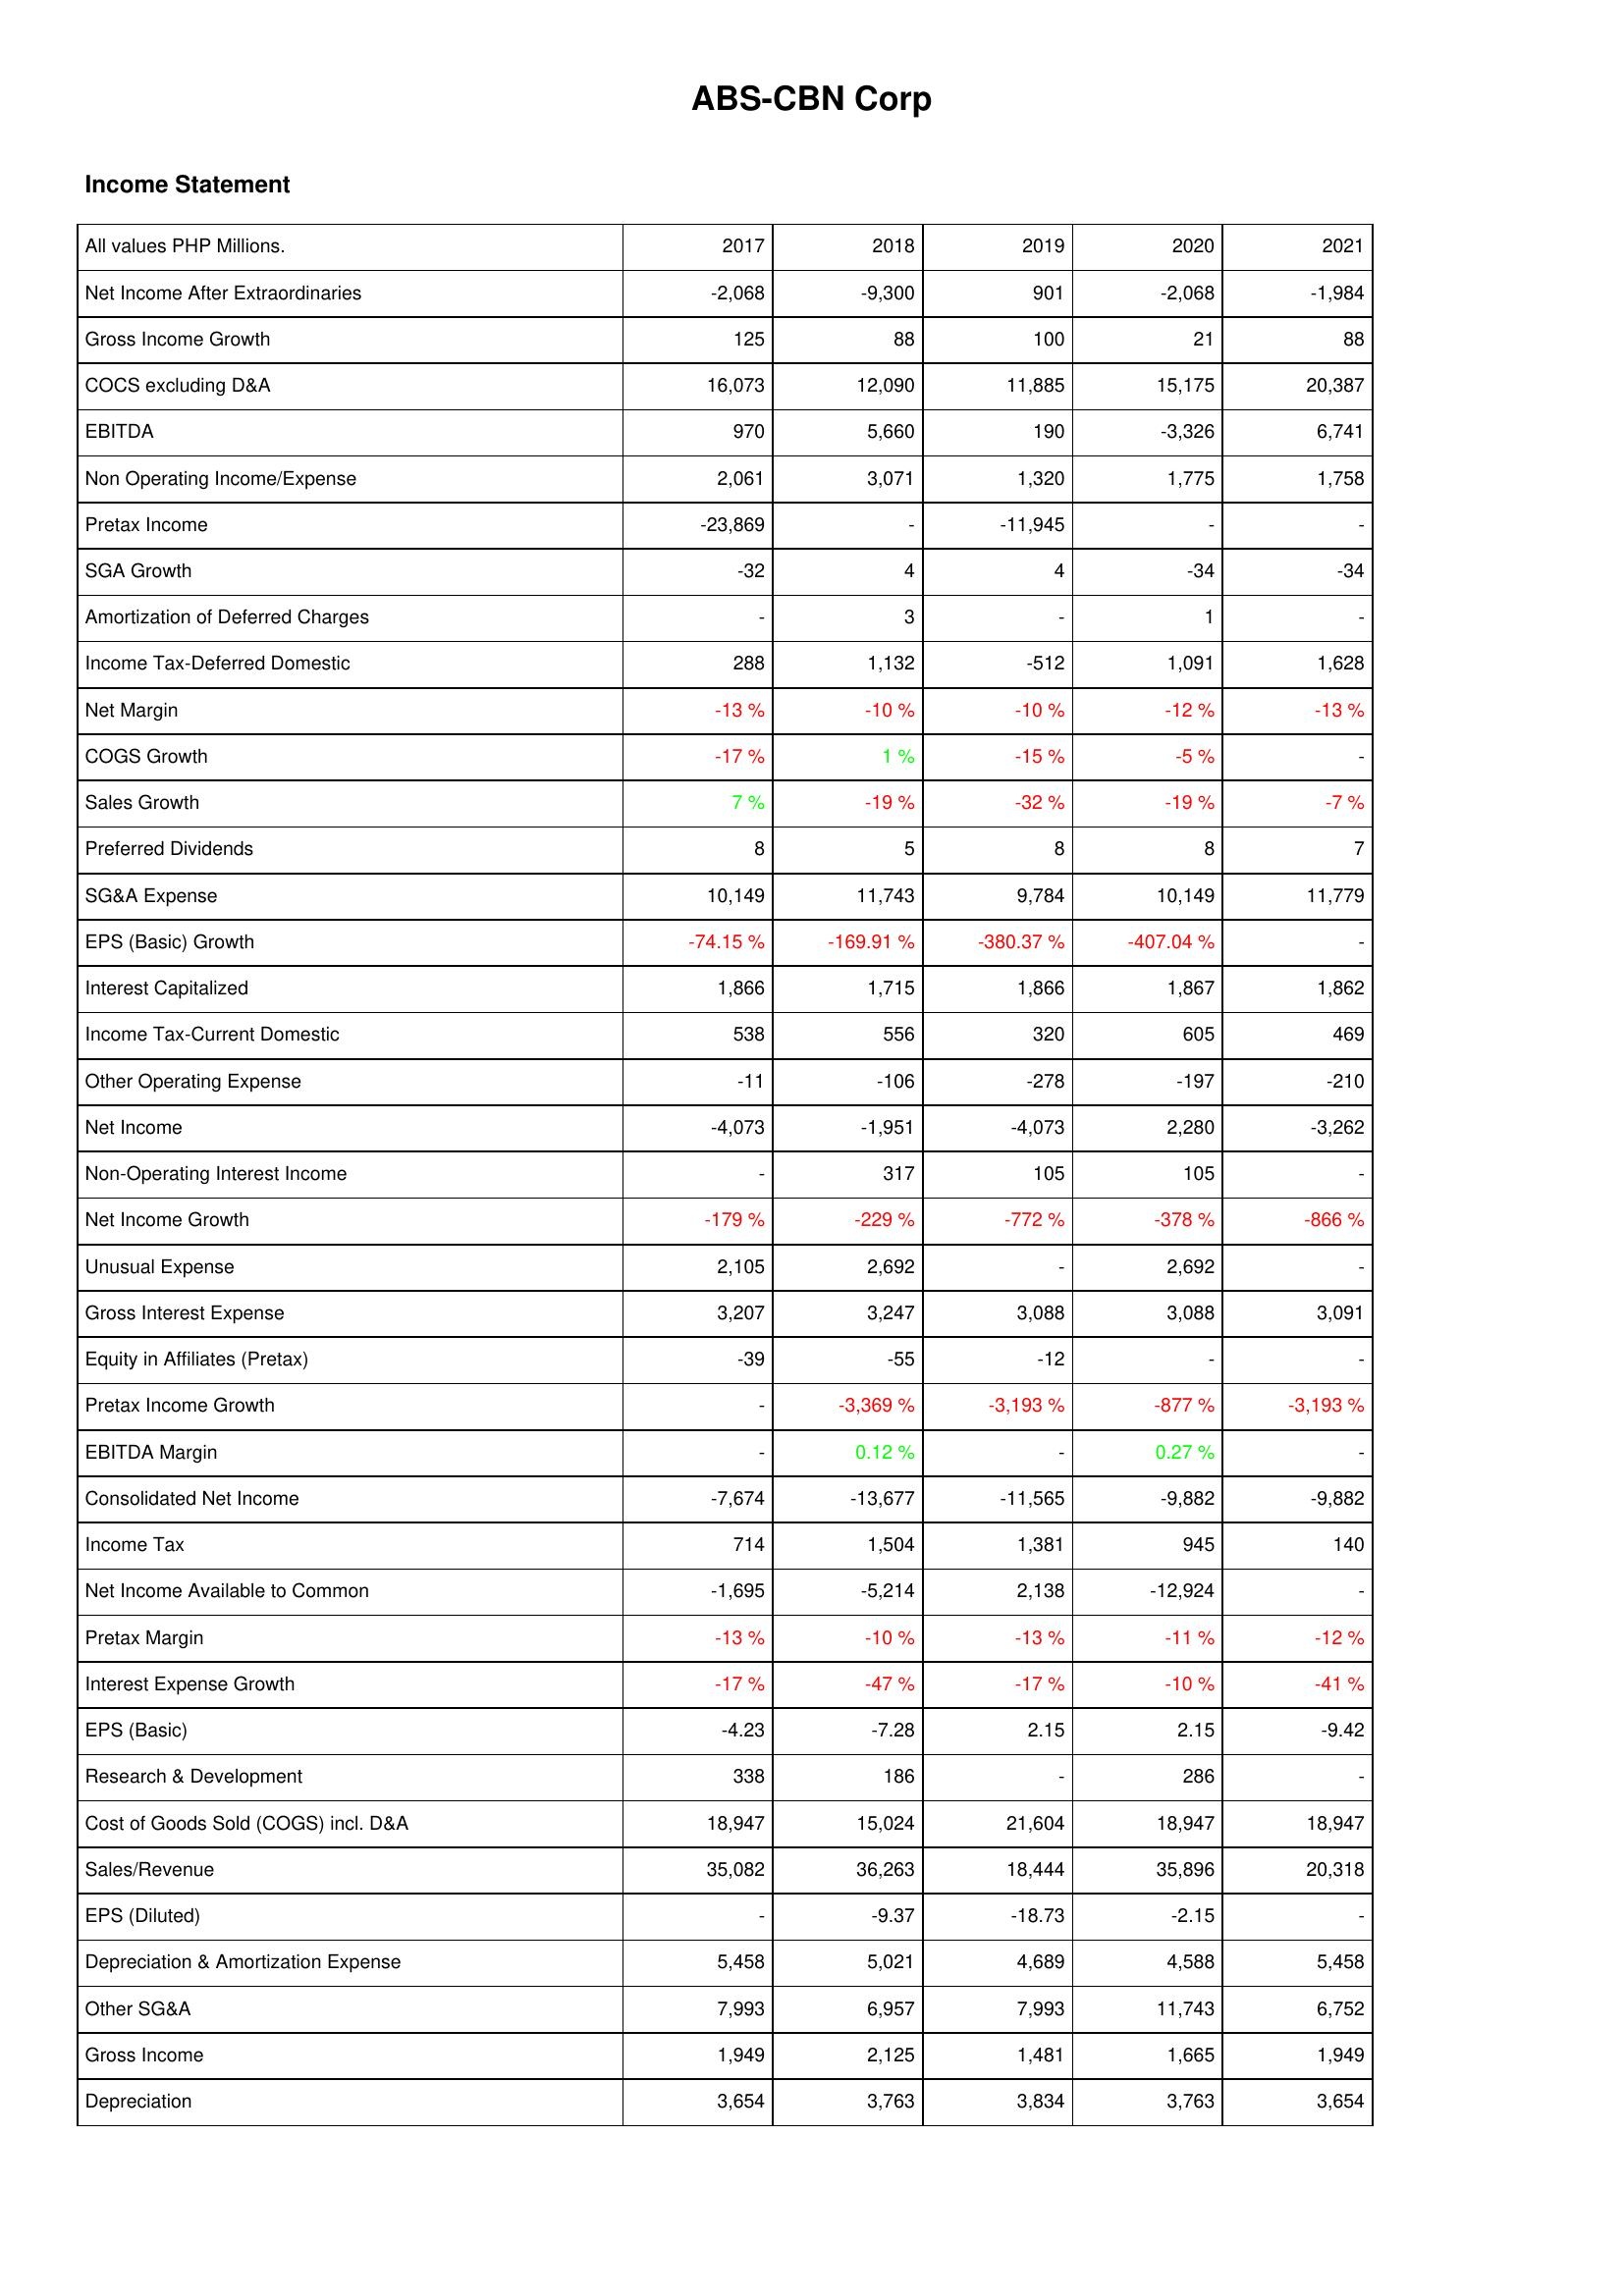
2017: Income Statement: Net Income After Extraordinaries: -2,068
Gross Income Growth: 125
COCS excluding D&A: 16,073
EBITDA: 970
Non Operating Income/Expense: 2,061
Pretax Income: -23,869
SGA Growth: -32
Amortization of Deferred Charges: -
Income Tax-Deferred Domestic: 288
Net Margin: -13 %
COGS Growth: -17 %
Sales Growth: 7 %
Preferred Dividends: 8
SG&A Expense: 10,149
EPS (Basic) Growth: -74.15 %
Interest Capitalized: 1,866
Income Tax-Current Domestic: 538
Other Operating Expense: -11
Net Income: -4,073
Non-Operating Interest Income: -
Net Income Growth: -179 %
Unusual Expense: 2,105
Gross Interest Expense: 3,207
Equity in Affiliates (Pretax): -39
Pretax Income Growth: -
EBITDA Margin: -
Consolidated Net Income: -7,674
Income Tax: 714
Net Income Available to Common: -1,695
Pretax Margin: -13 %
Interest Expense Growth: -17 %
EPS (Basic): -4.23
Research & Development: 338
Cost of Goods Sold (COGS) incl. D&A: 18,947
Sales/Revenue: 35,082
EPS (Diluted): -
Depreciation & Amortization Expense: 5,458
Other SG&A: 7,993
Gross Income: 1,949
Depreciation: 3,654
2018: Income Statement: Net Income After Extraordinaries: -9,300
Gross Income Growth: 88
COCS excluding D&A: 12,090
EBITDA: 5,660
Non Operating Income/Expense: 3,071
Pretax Income: -
SGA Growth: 4
Amortization of Deferred Charges: 3
Income Tax-Deferred Domestic: 1,132
Net Margin: -10 %
COGS Growth: 1 %
Sales Growth: -19 %
Preferred Dividends: 5
SG&A Expense: 11,743
EPS (Basic) Growth: -169.91 %
Interest Capitalized: 1,715
Income Tax-Current Domestic: 556
Other Operating Expense: -106
Net Income: -1,951
Non-Operating Interest Income: 317
Net Income Growth: -229 %
Unusual Expense: 2,692
Gross Interest Expense: 3,247
Equity in Affiliates (Pretax): -55
Pretax Income Growth: -3,369 %
EBITDA Margin: 0.12 %
Consolidated Net Income: -13,677
Income Tax: 1,504
Net Income Available to Common: -5,214
Pretax Margin: -10 %
Interest Expense Growth: -47 %
EPS (Basic): -7.28
Research & Development: 186
Cost of Goods Sold (COGS) incl. D&A: 15,024
Sales/Revenue: 36,263
EPS (Diluted): -9.37
Depreciation & Amortization Expense: 5,021
Other SG&A: 6,957
Gross Income: 2,125
Depreciation: 3,763
2019: Income Statement: Net Income After Extraordinaries: 901
Gross Income Growth: 100
COCS excluding D&A: 11,885
EBITDA: 190
Non Operating Income/Expense: 1,320
Pretax Income: -11,945
SGA Growth: 4
Amortization of Deferred Charges: -
Income Tax-Deferred Domestic: -512
Net Margin: -10 %
COGS Growth: -15 %
Sales Growth: -32 %
Preferred Dividends: 8
SG&A Expense: 9,784
EPS (Basic) Growth: -380.37 %
Interest Capitalized: 1,866
Income Tax-Current Domestic: 320
Other Operating Expense: -278
Net Income: -4,073
Non-Operating Interest Income: 105
Net Income Growth: -772 %
Unusual Expense: -
Gross Interest Expense: 3,088
Equity in Affiliates (Pretax): -12
Pretax Income Growth: -3,193 %
EBITDA Margin: -
Consolidated Net Income: -11,565
Income Tax: 1,381
Net Income Available to Common: 2,138
Pretax Margin: -13 %
Interest Expense Growth: -17 %
EPS (Basic): 2.15
Research & Development: -
Cost of Goods Sold (COGS) incl. D&A: 21,604
Sales/Revenue: 18,444
EPS (Diluted): -18.73
Depreciation & Amortization Expense: 4,689
Other SG&A: 7,993
Gross Income: 1,481
Depreciation: 3,834
2020: Income Statement: Net Income After Extraordinaries: -2,068
Gross Income Growth: 21
COCS excluding D&A: 15,175
EBITDA: -3,326
Non Operating Income/Expense: 1,775
Pretax Income: -
SGA Growth: -34
Amortization of Deferred Charges: 1
Income Tax-Deferred Domestic: 1,091
Net Margin: -12 %
COGS Growth: -5 %
Sales Growth: -19 %
Preferred Dividends: 8
SG&A Expense: 10,149
EPS (Basic) Growth: -407.04 %
Interest Capitalized: 1,867
Income Tax-Current Domestic: 605
Other Operating Expense: -197
Net Income: 2,280
Non-Operating Interest Income: 105
Net Income Growth: -378 %
Unusual Expense: 2,692
Gross Interest Expense: 3,088
Equity in Affiliates (Pretax): -
Pretax Income Growth: -877 %
EBITDA Margin: 0.27 %
Consolidated Net Income: -9,882
Income Tax: 945
Net Income Available to Common: -12,924
Pretax Margin: -11 %
Interest Expense Growth: -10 %
EPS (Basic): 2.15
Research & Development: 286
Cost of Goods Sold (COGS) incl. D&A: 18,947
Sales/Revenue: 35,896
EPS (Diluted): -2.15
Depreciation & Amortization Expense: 4,588
Other SG&A: 11,743
Gross Income: 1,665
Depreciation: 3,763
2021: Income Statement: Net Income After Extraordinaries: -1,984
Gross Income Growth: 88
COCS excluding D&A: 20,387
EBITDA: 6,741
Non Operating Income/Expense: 1,758
Pretax Income: -
SGA Growth: -34
Amortization of Deferred Charges: -
Income Tax-Deferred Domestic: 1,628
Net Margin: -13 %
COGS Growth: -
Sales Growth: -7 %
Preferred Dividends: 7
SG&A Expense: 11,779
EPS (Basic) Growth: -
Interest Capitalized: 1,862
Income Tax-Current Domestic: 469
Other Operating Expense: -210
Net Income: -3,262
Non-Operating Interest Income: -
Net Income Growth: -866 %
Unusual Expense: -
Gross Interest Expense: 3,091
Equity in Affiliates (Pretax): -
Pretax Income Growth: -3,193 %
EBITDA Margin: -
Consolidated Net Income: -9,882
Income Tax: 140
Net Income Available to Common: -
Pretax Margin: -12 %
Interest Expense Growth: -41 %
EPS (Basic): -9.42
Research & Development: -
Cost of Goods Sold (COGS) incl. D&A: 18,947
Sales/Revenue: 20,318
EPS (Diluted): -
Depreciation & Amortization Expense: 5,458
Other SG&A: 6,752
Gross Income: 1,949
Depreciation: 3,654